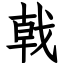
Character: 戟